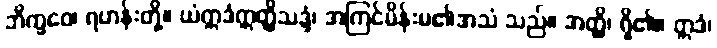
ဘိက္ခဝေ၊ ရဟန်းတို့။ ယံဣဒံဣတ္ထိသဒ္ဒံ၊ အကြင်မိန်းမ၏အသံ သည်။ အတ္ထိ၊ ရှိ၏။ ဣဒံ၊